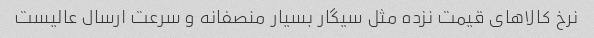
نرخ کالاهای قیمت نزده مثل سیگار بسیار منصفانه و سرعت ارسال عالیست